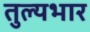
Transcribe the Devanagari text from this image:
तुल्‍यभार